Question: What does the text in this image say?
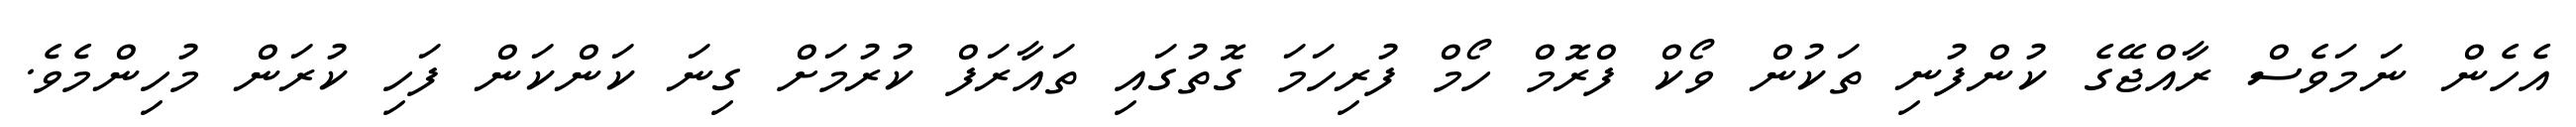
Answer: އެހެން ނަމަވެސް ރާއްޖޭގެ ކުންފުނި ތަކުން ވޯކް ފްރޮމް ހޯމް ފުރިހަމަ ގޮތުގައި ތައާރަފް ކުރުމަށް ގިނަ ކަންކަން ފަހި ކުރަން މުހިންމެވެ.